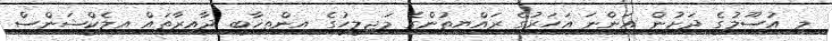
މި އުސޫލުގެ ދަށުން އަންނަ އަހަރުގެ ރައްޔިތުންގެ މަޖިލީހުގެ އިންތިޚާބީ ދާއިރާތައް އިލެކްޝަންސް